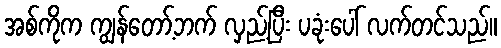
အစ်ကိုက ကျွန်တော့်ဘက် လှည့်ပြီး ပခုံးပေါ် လက်တင်သည်။